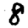
Digit: 8